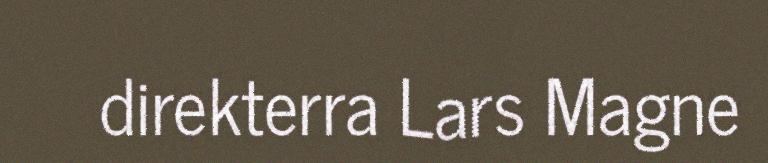
direkterra Lars Magne